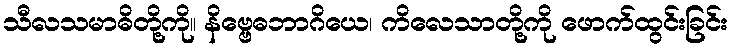
သီလသမာဓိတို့ကို။ နိဗ္ဗေဓဘာဂိယေ၊ ကိလေသာတို့ကို ဖောက်ထွင်းခြင်း